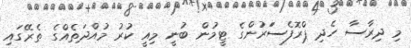
މި ދިރާސާ ހެދި ޕްރޮފެސަަރުންގެ ޓީމުން ބުނީ މިއީ ކުރު މުއްދަތެއްގެ ތެރޭގައި